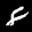
Label: 8